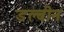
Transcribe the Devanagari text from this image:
डल्बीन